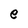
Character: e